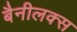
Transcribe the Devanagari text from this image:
बैनीलक्स